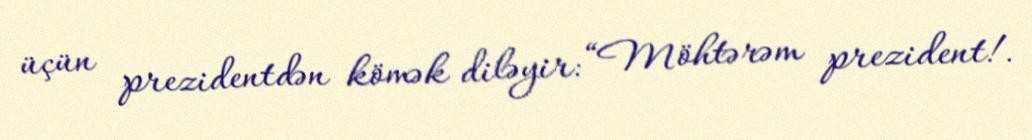
üçün prezidentdən kömək diləyir: “Möhtərəm prezident!.